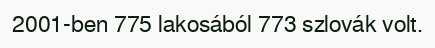
2001-ben 775 lakosából 773 szlovák volt.